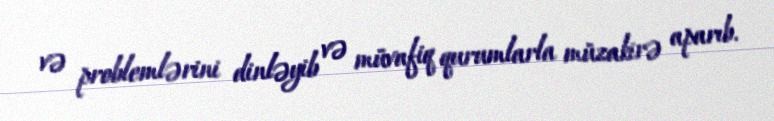
və problemlərini dinləyib və müvafiq qurumlarla müzakirə aparıb.